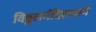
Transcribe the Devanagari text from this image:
विठ्ठलमंदिरामागे